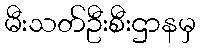
မီးသတ်ဦးစီးဌာနမှ